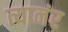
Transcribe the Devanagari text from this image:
त्यानंर